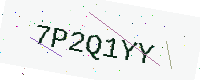
Text: 7P2Q1YY